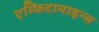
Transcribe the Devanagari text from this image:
एम्फिटामाइन्स